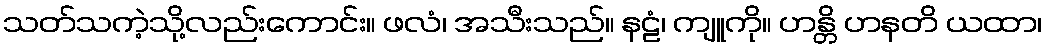
သတ်သကဲ့သို့လည်းကောင်း။ ဖလံ၊ အသီးသည်။ နဠံ၊ ကျူကို။ ဟန္တိ ဟနတိ ယထာ၊